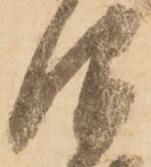
仰